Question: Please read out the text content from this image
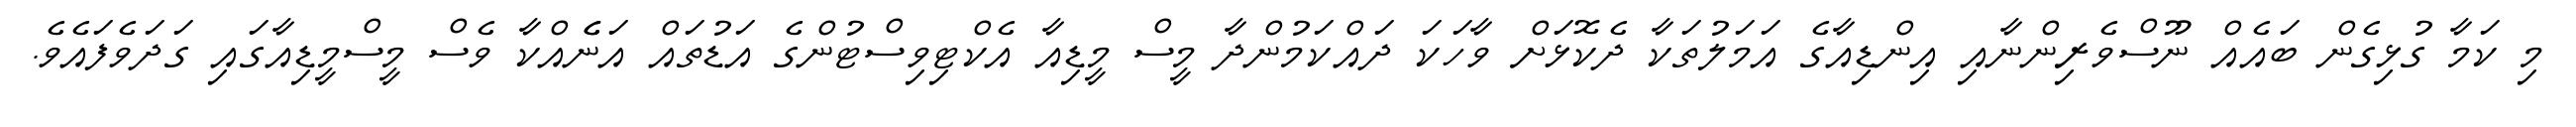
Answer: މި ކަމާ ގުޅިގެން ބައެއް ނޫސްވެރިންނާއި އިންޑިއާގެ އަމަލުތަކާ ދެކޮޅަށް ވާހަކަ ދައްކަމުންދާ މީސް މީޑިއާ އެކްޓިވިސްޓުންގެ އަޑުތައް އަނެެއްކާ ވެސް މީސްމީޑިއާގައި ގަދަވެފައެވެ.